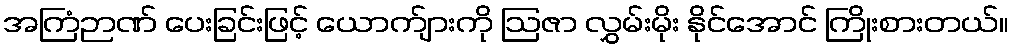
အကြံဉာဏ် ပေးခြင်းဖြင့် ယောက်ျားကို ဩဇာ လွှမ်းမိုး နိုင်အောင် ကြိုးစားတယ်။